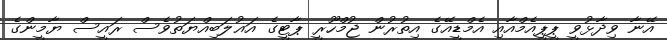
އޭނާ ވިދާޅުވީ ޕީޕީއެމްއާއި އެމްޑީއޭގެ އިތުރުން ޖުމްހޫރީ ޕާޓީގެ އަޣުލަބިއްޔަތުވެސް ރައީސް ޔާމީންގެ